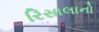
રિસાલાનો